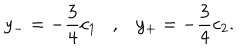
y _ { - } = - \frac { 3 } { 4 } c _ { 1 } , y _ { + } = - \frac { 3 } { 4 } c _ { 2 } .